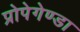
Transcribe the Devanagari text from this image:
प्रोपेगेण्डा